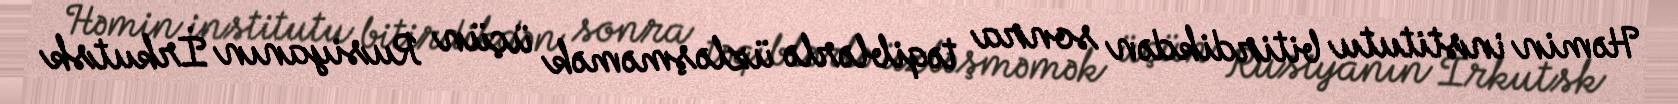
Həmin institutu bitirdikdən sonra təqiblərlə üzləşməmək üçün Rusiyanın İrkutsk